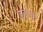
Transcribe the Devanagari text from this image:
इलोवो